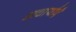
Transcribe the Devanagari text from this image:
आचार्याएँ